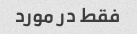
فقط در مورد